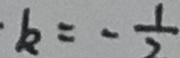
k = - \frac { 1 } { 2 }